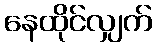
နေထိုင်လျှက်